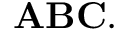
\mathbf { A B C } .